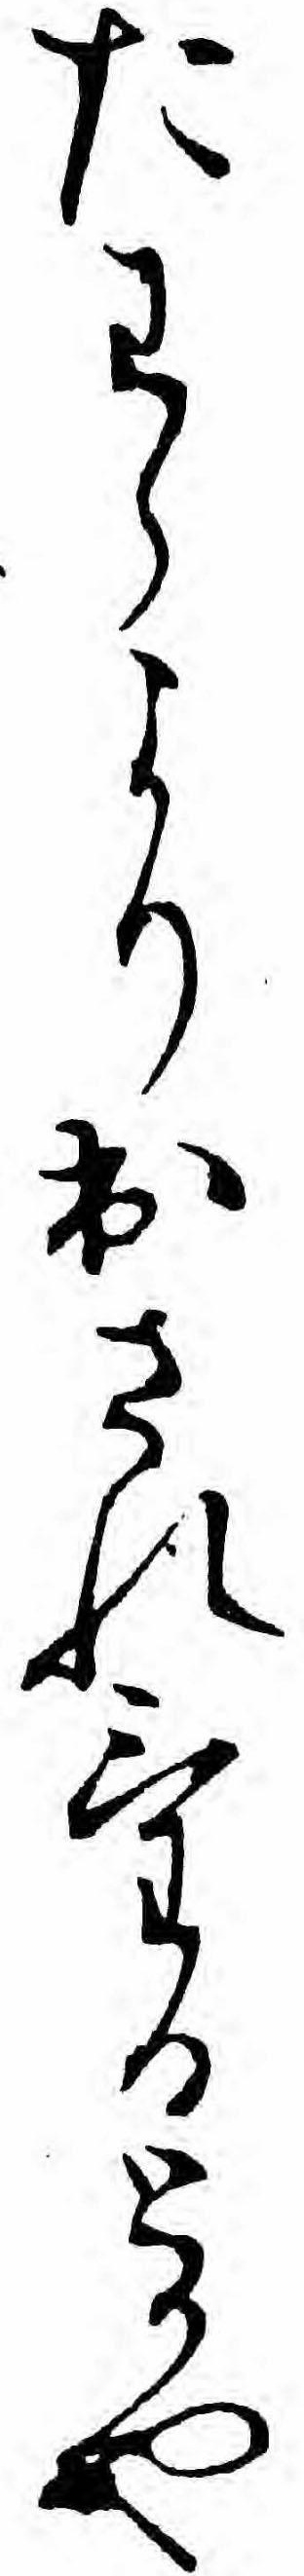
たわらより出されけるとかや